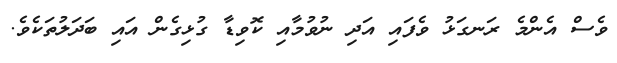
ވެސް އެންމެ ރަނގަޅު ވެފައި އަދި ނުވުމާއި ކޮވިޑާ ގުޅިގެން އައި ބަދަލުތަކެވެ.